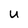
Character: U